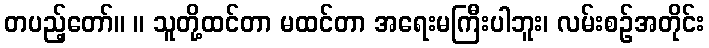
တပည့်တော်။ ။ သူတို့ထင်တာ မထင်တာ အရေးမကြီးပါဘူး၊ လမ်းစဉ်အတိုင်း